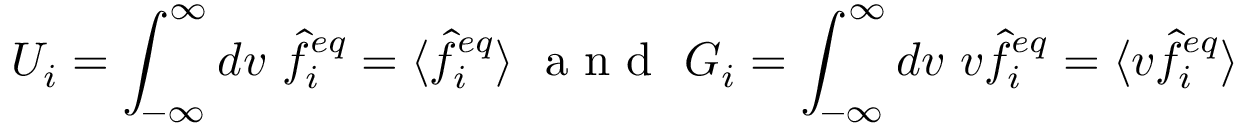
U _ { i } = \int _ { - \infty } ^ { \infty } d v \ \hat { f } _ { i } ^ { e q } = \langle \hat { f } _ { i } ^ { e q } \rangle \ \textrm { a n d } \ G _ { i } = \int _ { - \infty } ^ { \infty } d v \ v \hat { f } _ { i } ^ { e q } = \langle v \hat { f } _ { i } ^ { e q } \rangle